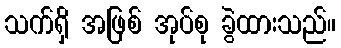
သက်ရှိ အဖြစ် အုပ်စု ခွဲထားသည်။